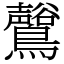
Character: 𪇟